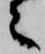
々